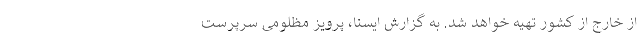
از خارج از کشور تهیه خواهد شد. به گزارش ایسنا، پرویز مظلومی سرپرست